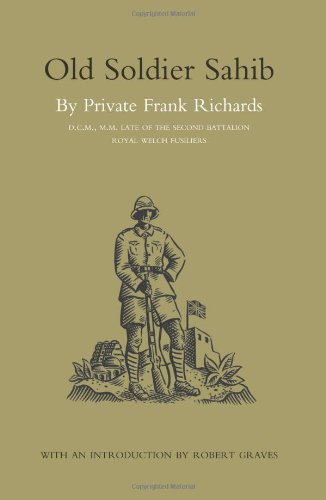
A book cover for Old Soldier Sahib; Frank Richards; History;